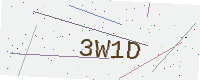
Text: 3W1D